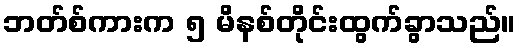
ဘတ်စ်ကားက ၅ မိနစ်တိုင်းထွက်ခွာသည်။